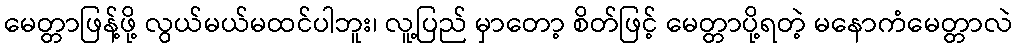
မေတ္တာဖြန့်ဖို့ လွယ်မယ်မထင်ပါဘူး၊ လူ့ပြည် မှာတော့ စိတ်ဖြင့် မေတ္တာပို့ရတဲ့ မနောကံမေတ္တာလဲ